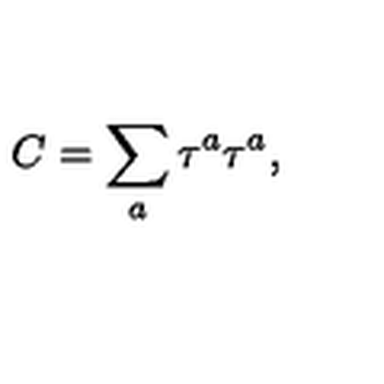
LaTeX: C = \sum _ { a } \tau ^ { a } \tau ^ { a } ,